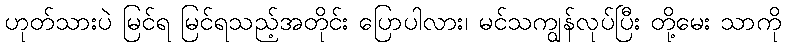
ဟုတ်သားပဲ မြင်ရ မြင်ရသည့်အတိုင်း ပြောပါလား၊ မင်သကျွန်လုပ်ပြီး တို့မေး သာကို